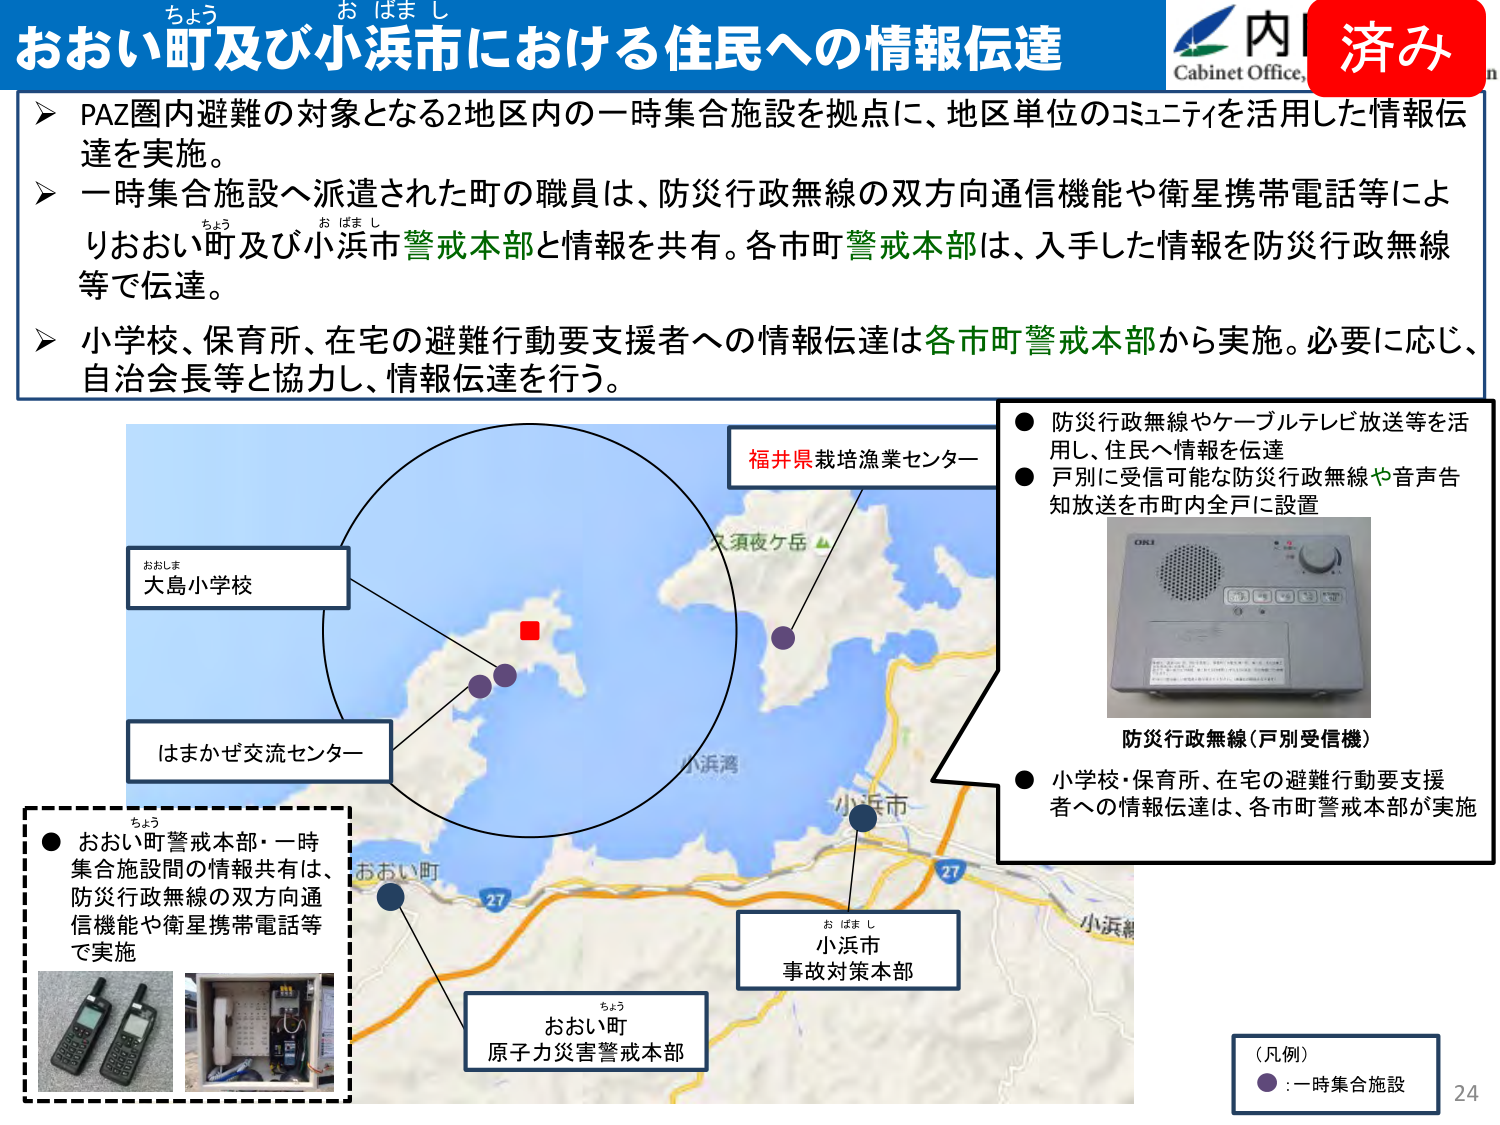
おおい町及び小浜市における住民への情報伝達
ちょう お はまし
PAZ圏内避難の対象となる2地区内の一時集合施設を拠点に、地区単位のコミュニティを活用した情報伝達を実施。
一時集合施設へ派遣された町の職員は、防災行政無線の双方向通信機能や衛星携帯電話等によりおおい町及び小浜市警戒本部と情報を共有。各市町警戒本部は、入手した情報を防災行政無線等で伝達。
小学校、保育所、在宅の避難行動要支援者への情報伝達は各市町警戒本部から実施。必要に応じ、自治会長等と協力し、情報伝達を行う。
福井県栽培漁業センター
防災行政無線やケーブルテレビ放送等を活用し、住民へ情報を伝達
戸別に受信可能な防災行政無線や音声告知放送を市町内全戸に設置
防災行政無線（戸別受信機）
小学校・保育所、在宅の避難行動要支援者への情報伝達は、各市町警戒本部が実施
おおい町警戒本部・一時集合施設間の情報共有は、防災行政無線の双方向通信機能や衛星携帯電話等で実施
おおしま 大島小学校
はまかぜ交流センター
おおい町
おおい町 原子力災害警戒本部
お はま し 小浜市 事故対策本部
（凡例）
●：一時集合施設
24
内
Cabinet Office,
済み
ス須夜ケ岳 ▲
小浜湾
小浜市
27
27
小浜線